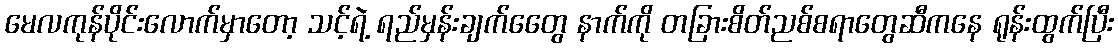
မေလကုန်ပိုင်းလောက်မှာတော့ သင့်ရဲ့ ရည်မှန်းချက်တွေေ နာက်ကို တခြားစိတ်ညစ်စရာတွေဆီကနေ ရုန်းထွက်ပြီး